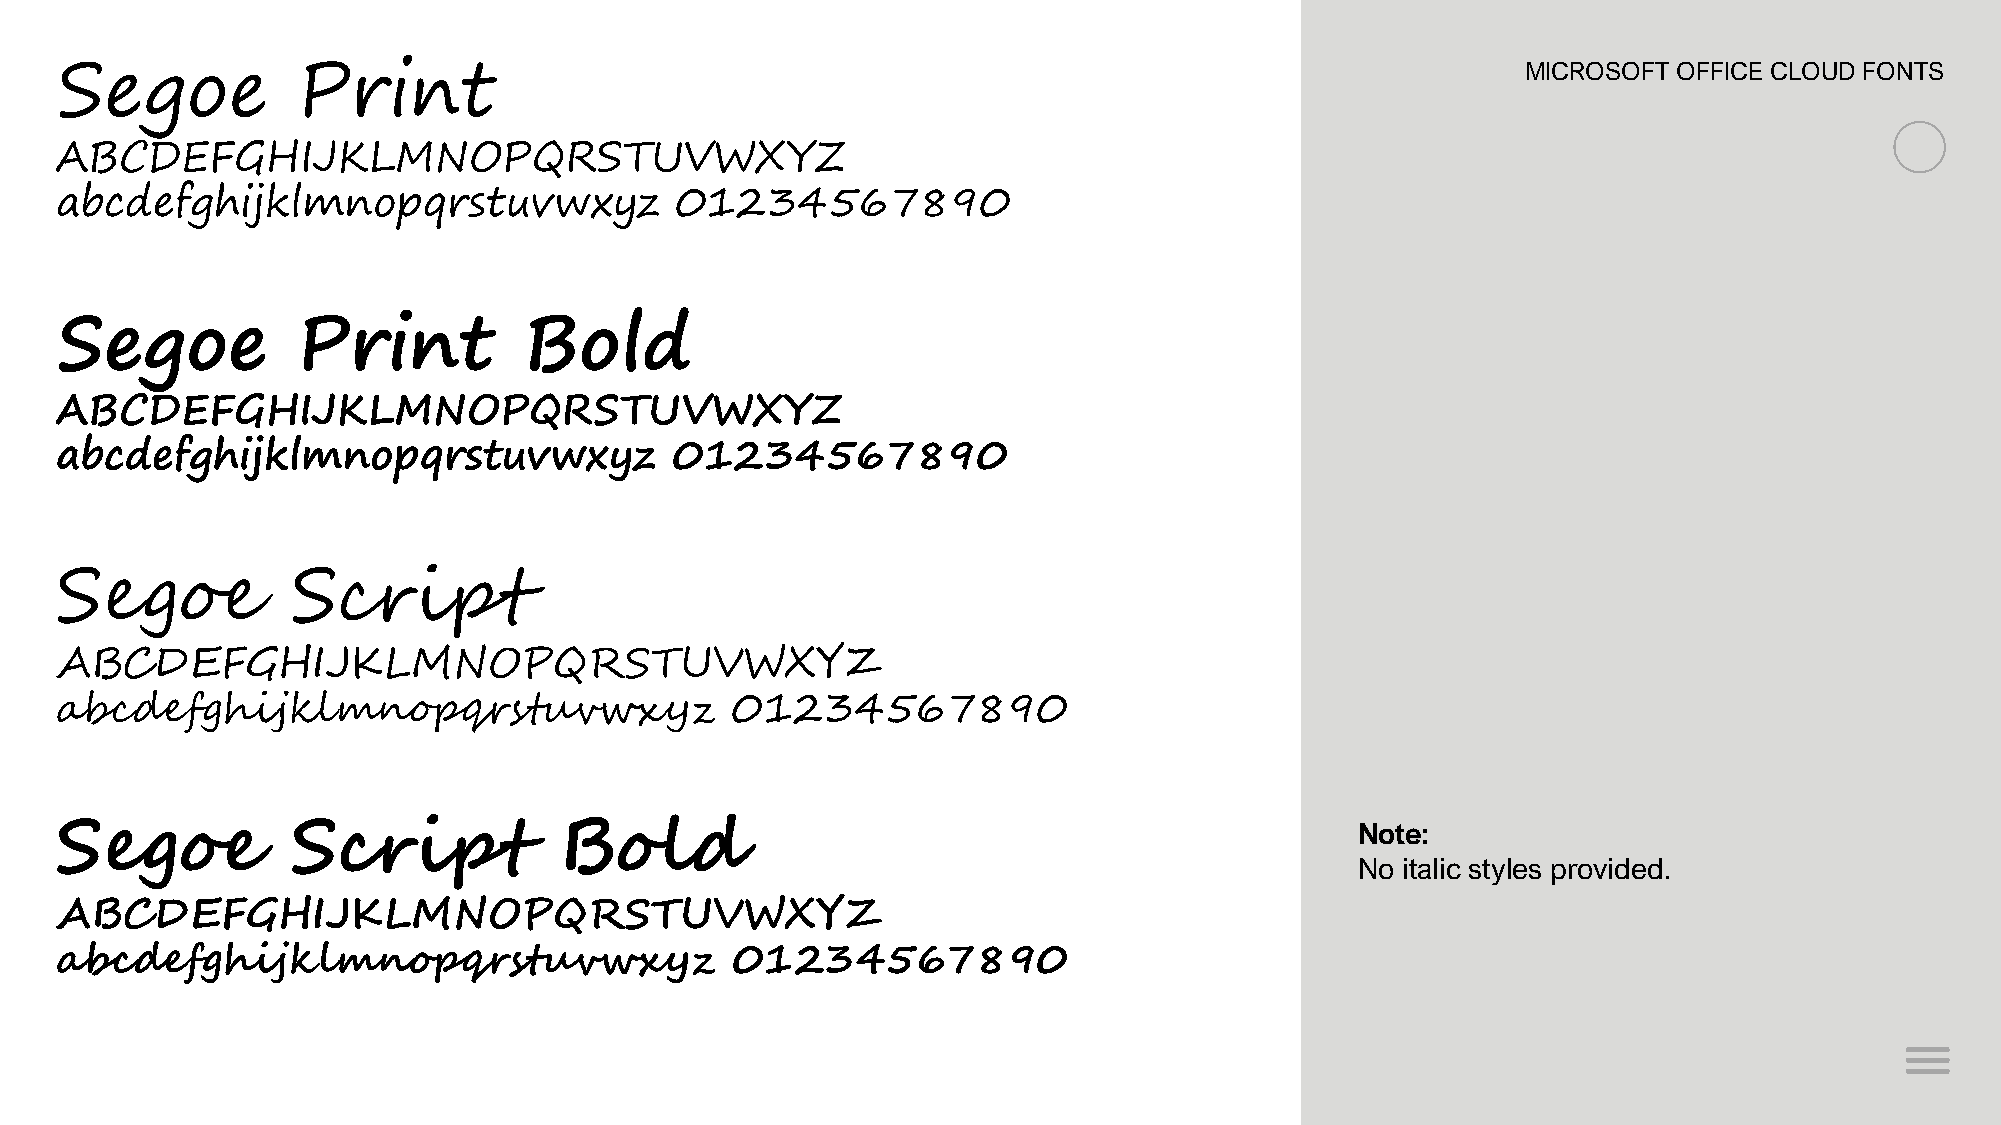
Segoe           Print                                                                            MICROSOFT OFFICE CLOUD FONTS
 ABCDEFGHIJKLMNOPQRSTUVWXYZ
 abcdefghijklmnopqrstuvwxyz               01234567890
 Segoe           Print          Bold
 ABCDEFGHIJKLMNOPQRSTUVWXYZ
 abcdefghijklmnopqrstuvwxyz               01234567890
 Segoe          Script
 ABCDEFGHIJKLMNOPQRSTUVWXYZ
 abcdefghijklmnopqrstuvwxyz                  01234567890
 Segoe          Script            Bold
 Note:
 No italic styles provided.
 ABCDEFGHIJKLMNOPQRSTUVWXYZ
 abcdefghijklmnopqrstuvwxyz                   01234567890